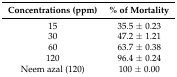
| Concentrations (ppm) | % of Mortality |
 | --- | --- |
 | 15 | 35.5 ± 0.23 |
 | 30 | 47.2 ± 1.21 |
 | 60 | 63.7 ± 0.38 |
 | 120 | 96.4 ± 0.24 |
 | Neem azal (120) | 100 ± 0.00 |